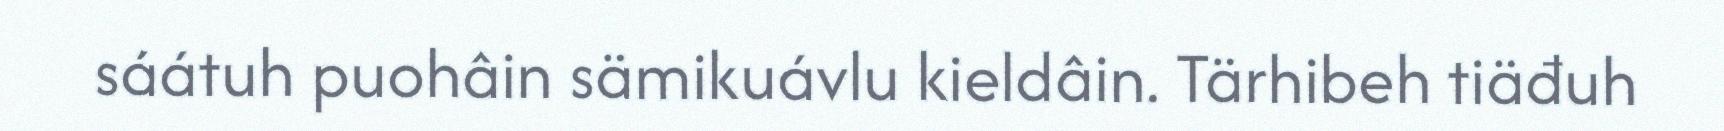
sáátuh puohâin sämikuávlu kieldâin. Tärhibeh tiäđuh